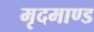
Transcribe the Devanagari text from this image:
मृदमाण्ड